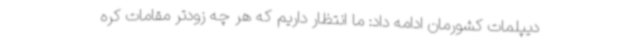
دیپلمات کشورمان ادامه داد: ما انتظار داریم که هر چه زودتر مقامات کره